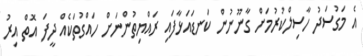
އެ މަގުސަދު ހާސިލްކުރުމަށް ގާނޫނުން ކަނޑައަޅާފައި ރައްޔިތުންނަށް ހައްގުތަކެއް ދީފަ އޮތް އިރު